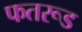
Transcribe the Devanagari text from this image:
फतरूड